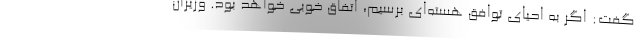
گفت: اگر به احیای توافق هسته‌ای برسیم، اتفاق خوبی خواهد بود. وزیران